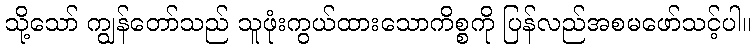
သို့သော် ကျွန်တော်သည် သူဖုံးကွယ်ထားသောကိစ္စကို ပြန်လည်အစမဖော်သင့်ပါ။